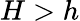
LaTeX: H>h